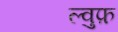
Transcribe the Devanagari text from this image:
ल्वुफ़